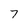
Character: 7